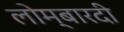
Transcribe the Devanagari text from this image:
लोम्बारदी